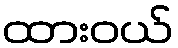
ထားဝယ်